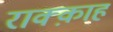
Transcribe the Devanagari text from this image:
राक्क़ाह